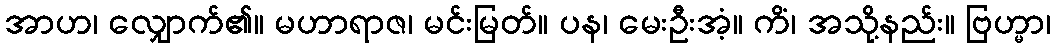
အာဟ၊ လျှောက်၏။ မဟာရာဇ၊ မင်းမြတ်။ ပန၊ မေးဦးအံ့။ ကိံ၊ အသို့နည်း။ ဗြဟ္မာ၊